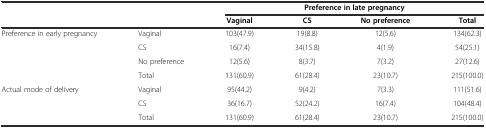
<table><thead><tr><td></td><td></td><td colspan="4"><b>Preference in late pregnancy</b></td></tr><tr><td></td><td></td><td><b>Vaginal</b></td><td><b>CS</b></td><td><b>No preference</b></td><td><b>Total</b></td></tr></thead><tbody><tr><td rowspan="4">Preference in early pregnancy</td><td>Vaginal</td><td>103(47.9)</td><td>19(8.8)</td><td>12(5.6)</td><td>134(62.3)</td></tr><tr><td>CS</td><td>16(7.4)</td><td>34(15.8)</td><td>4(1.9)</td><td>54(25.1)</td></tr><tr><td>No preference</td><td>12(5.6)</td><td>8(3.7)</td><td>7(3.2)</td><td>27(12.6)</td></tr><tr><td>Total</td><td>131(60.9)</td><td>61(28.4)</td><td>23(10.7)</td><td>215(100.0)</td></tr><tr><td rowspan="3">Actual mode of delivery</td><td>Vaginal</td><td>95(44.2)</td><td>9(4.2)</td><td>7(3.3)</td><td>111(51.6)</td></tr><tr><td>CS</td><td>36(16.7)</td><td>52(24.2)</td><td>16(7.4)</td><td>104(48.4)</td></tr><tr><td>Total</td><td>131(60.9)</td><td>61(28.4)</td><td>23(10.7)</td><td>215(100.0)</td></tr></tbody></table>